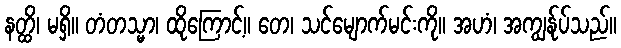
နတ္ထိ၊ မရှိ။ တံတသ္မာ၊ ထိုကြောင့်။ တေ၊ သင်မျောက်မင်းကို။ အဟံ၊ အကျွန်ုပ်သည်။